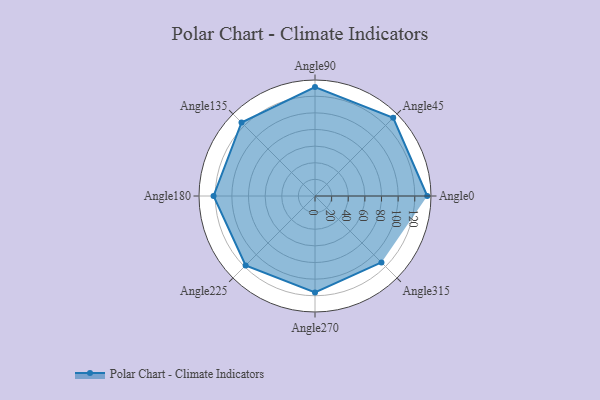
{"axis": {"x": "Angle", "y": "Radius"}, "legend": [""], "data": [{"x": "Angle0", "y": 135.0, "type": ""}, {"x": "Angle45", "y": 133.0, "type": ""}, {"x": "Angle90", "y": 131.0, "type": ""}, {"x": "Angle135", "y": 125.0, "type": ""}, {"x": "Angle180", "y": 122.0, "type": ""}, {"x": "Angle225", "y": 118.0, "type": ""}, {"x": "Angle270", "y": 116.0, "type": ""}, {"x": "Angle315", "y": 113.0, "type": ""}]}